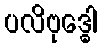
ပလိဗုဒ္ဓေါ